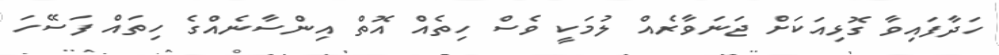
ހަދާފައިވާ ގޮޅިއަކަށް ޖަނަވާރެއް ލުމަކީ ވެސް ހިތެއް އޮތް އިންސާނެއްގެ ހިތައް ފަސޭހަ